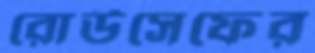
রোউসেফের